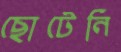
ছোটেনি